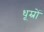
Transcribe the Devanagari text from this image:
धूम्रों